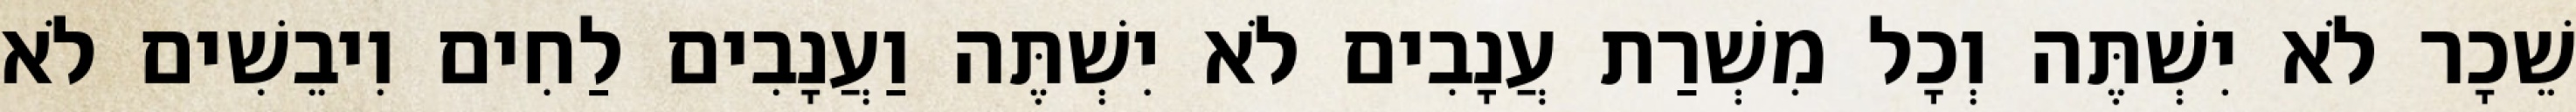
שֵׁכָר לֹא יִשְׁתֶּה וְכָל מִשְׁרַת עֲנָבִים לֹא יִשְׁתֶּה וַעֲנָבִים לַחִים וִיבֵשִׁים לֹא